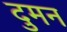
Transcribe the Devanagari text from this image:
दुमन